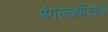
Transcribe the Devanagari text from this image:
मंगरूळपीरकडे